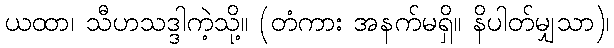
ယထာ၊ သီဟသဒ္ဒါကဲ့သို့။ (တံကား အနက်မရှိ။ နိပါတ်မျှသာ)၊